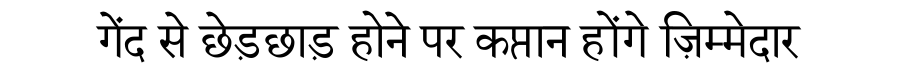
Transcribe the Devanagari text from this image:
गेंद से छेड़छाड़ होने पर कप्तान होंगे ज़िम्मेदार